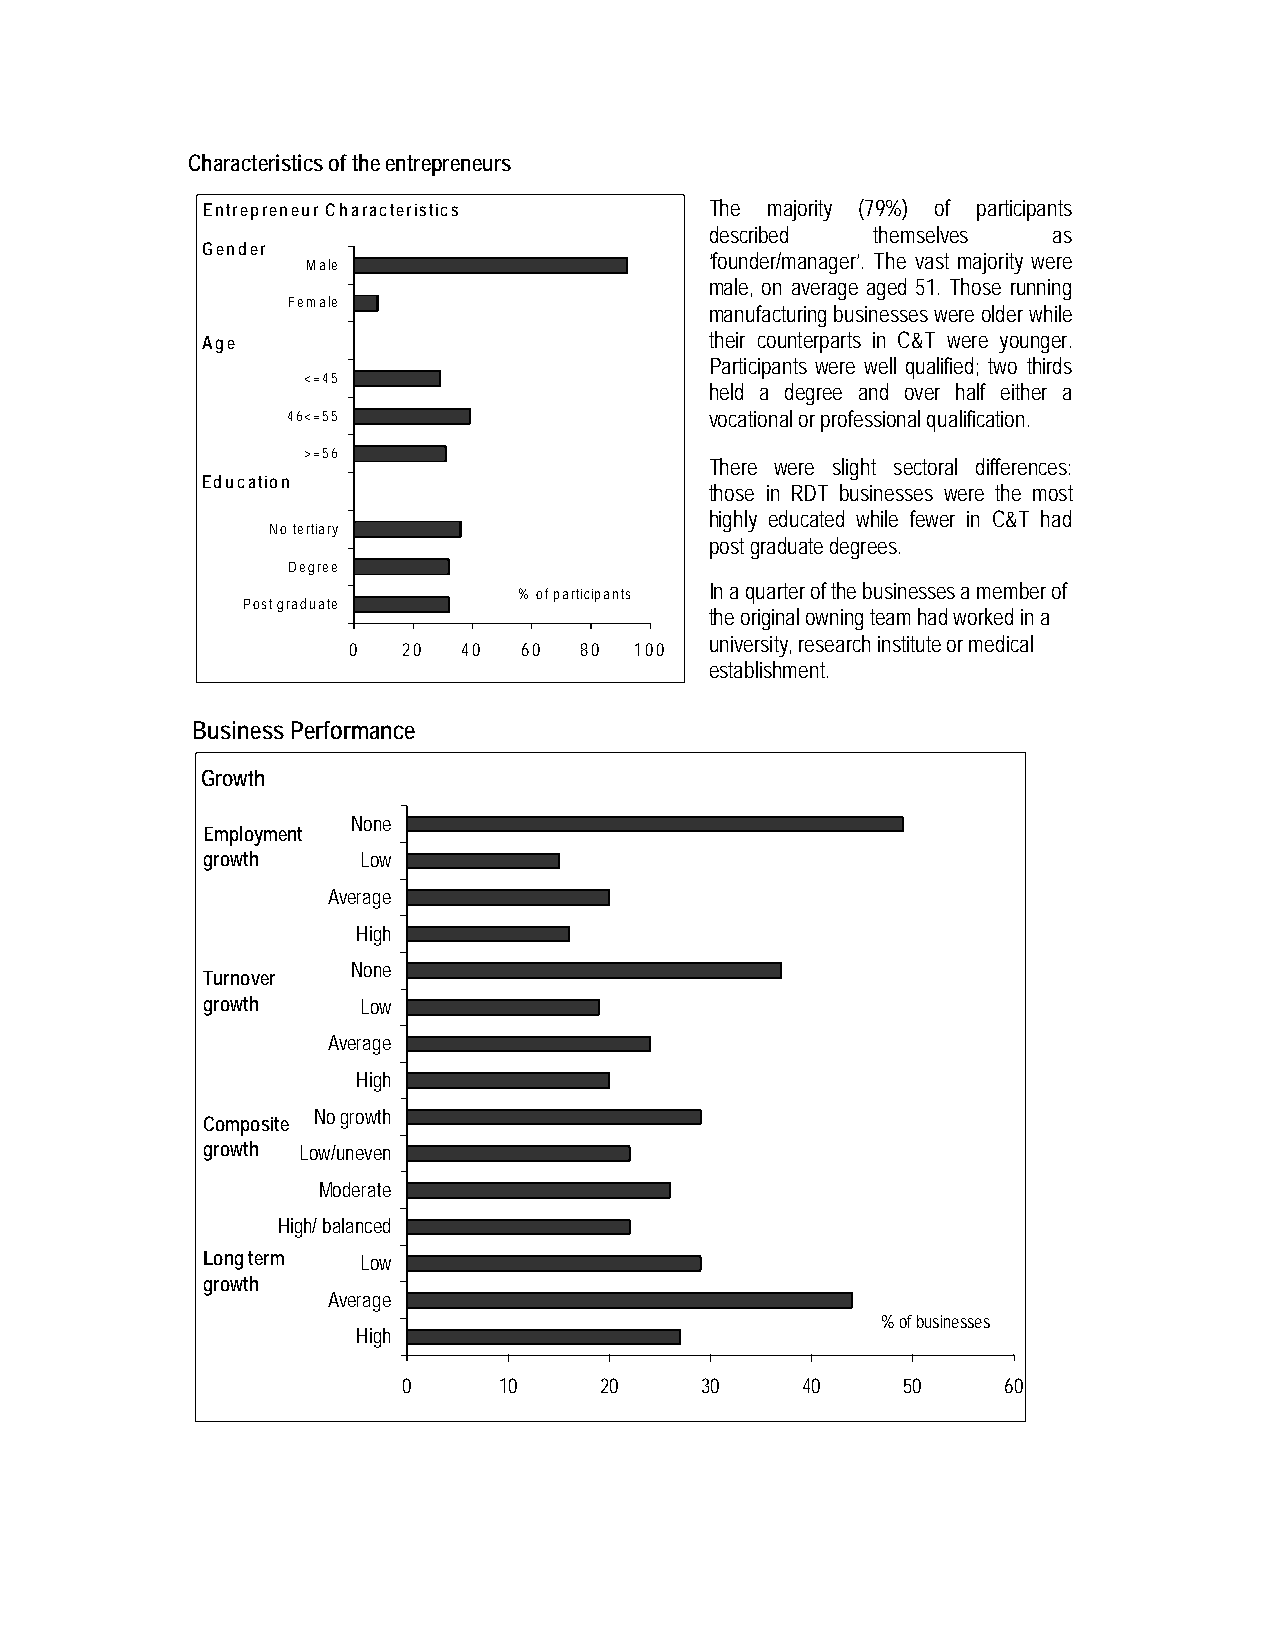
Characteristics of the entrepreneurs
 Entrepreneur Characteristics      The majority (79%) of participants
 described  themselves  as
 Gender
 ‘founder/manager’. The vast majority were
 Male
 male, on average aged 51. Those running
 Female
 manufacturing businesses were older while
 Age                               their counterparts in C&T were younger.
 Participants were well qualified; two thirds
 <=45
 held a degree and over half either a
 46<=55                      vocational or professional qualification.
 >=56
 There were slight sectoral differences:
 Education
 those in RDT businesses were the most
 highly educated while fewer in C&T had
 No tertiary
 post graduate degrees.
 Degree
 In a quarter of the businesses a member of
 % of participants
 Post graduate
 the original owning team had worked in a
 university, research institute or medical
 0   20  40  60 80  100
 establishment.
 Business Performance
 Growth
 None
 Employment
 growth     Low
 Average
 High
 None
 Turnover
 growth     Low
 Average
 High
 No growth
 Composite
 growth Low/uneven
 Moderate
 High/ balanced
 Long term  Low
 growth
 Average
 % of businesses
 High
 0     10     20    30     40     50     60